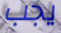
يجب